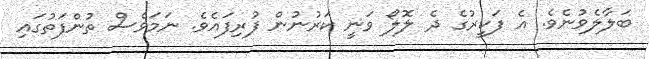
ބަލާލެވުނެވެ. އެ ފަކީރުގެ ދެ ލޮލޯ ވަނީ ކަރުނުން ފުރިފައެވެ. ނަމަވެސް ތުންފަތުގައި